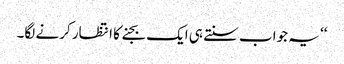
‘‘ یہ جواب سنتے ہی ایک بجنے کا انتظار کرنے لگا۔